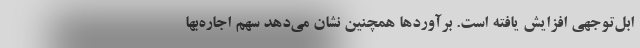
ابل‌توجهی افزایش یافته است. برآوردها همچنین نشان می‌دهد سهم اجاره‌بها